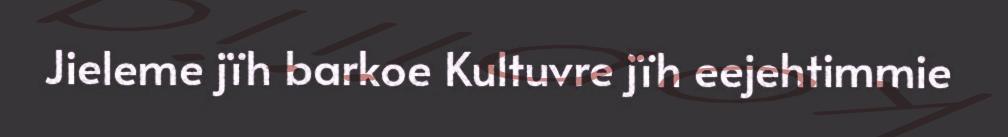
Jieleme jïh barkoe Kultuvre jïh eejehtimmie